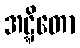
အဋ္ဋိတော